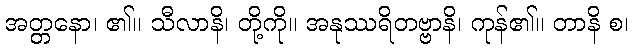
အတ္တနော၊ ၏။ သီလာနိ၊ တို့ကို။ အနုဿရိတဗ္ဗာနိ၊ ကုန်၏။ တာနိ စ၊